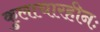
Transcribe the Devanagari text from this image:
कुलाचारहीनः